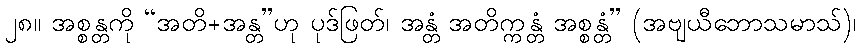
၂၈။ အစ္စန္တကို “အတိ+အန္တ”ဟု ပုဒ်ဖြတ်၊ အန္တံ အတိက္ကန္တံ အစ္စန္တံ” (အဗျယီဘောသမာသ်)၊